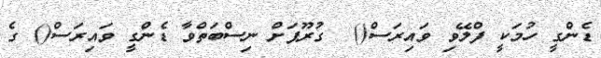
ޑެންގީ ހުމަކީ ފްލޭވި ވައިރަސް()  ގުރޫޕަށް ނިސްބަތްވާ ޑެންގީ ވައިރަސް() ގެ